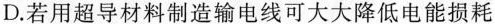
D.若用超导材料制造输电线可大大降低电能损耗